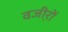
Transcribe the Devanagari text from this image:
वजी़रों